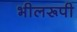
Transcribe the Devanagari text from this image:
भीलरूपी